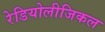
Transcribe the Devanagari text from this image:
रेडियोलीजिकल